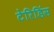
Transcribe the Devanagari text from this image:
टेरिडिंस